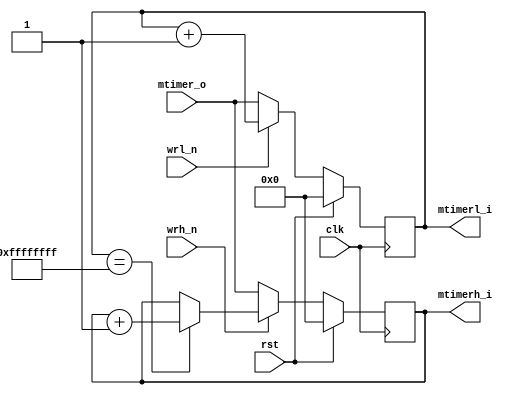
module mtime(

input rst,
input clk,
input wrh_n,
input wrl_n,

input [31:0]mtimer_o,


output reg [31:0]mtimerh_i,
output reg [31:0]mtimerl_i

);

always@(posedge clk)begin

    mtimerh_i <= rst ? 32'b0 : !wrh_n ? mtimer_o : (mtimerl_i==32'hffffffff) ? (mtimerh_i + 32'b1) : mtimerh_i;
    mtimerl_i <= rst ? 32'b0 : !wrl_n ? mtimer_o : mtimerl_i + 32'b1;
    
end

endmodule